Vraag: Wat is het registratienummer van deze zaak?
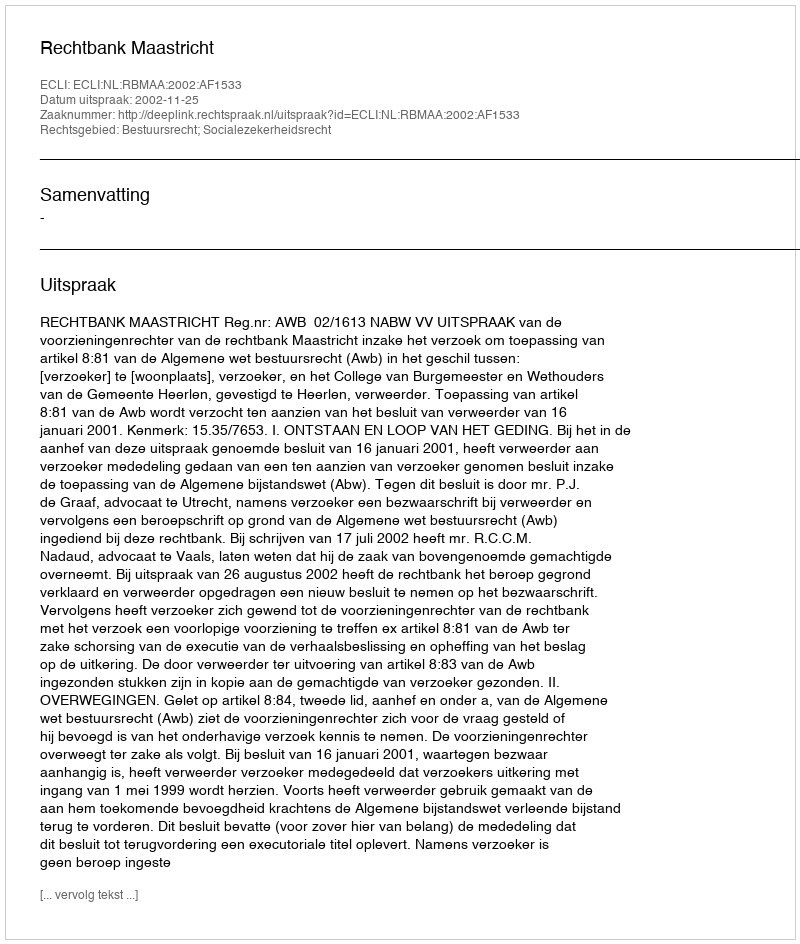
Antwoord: http://deeplink.rechtspraak.nl/uitspraak?id=ECLI:NL:RBMAA:2002:AF1533